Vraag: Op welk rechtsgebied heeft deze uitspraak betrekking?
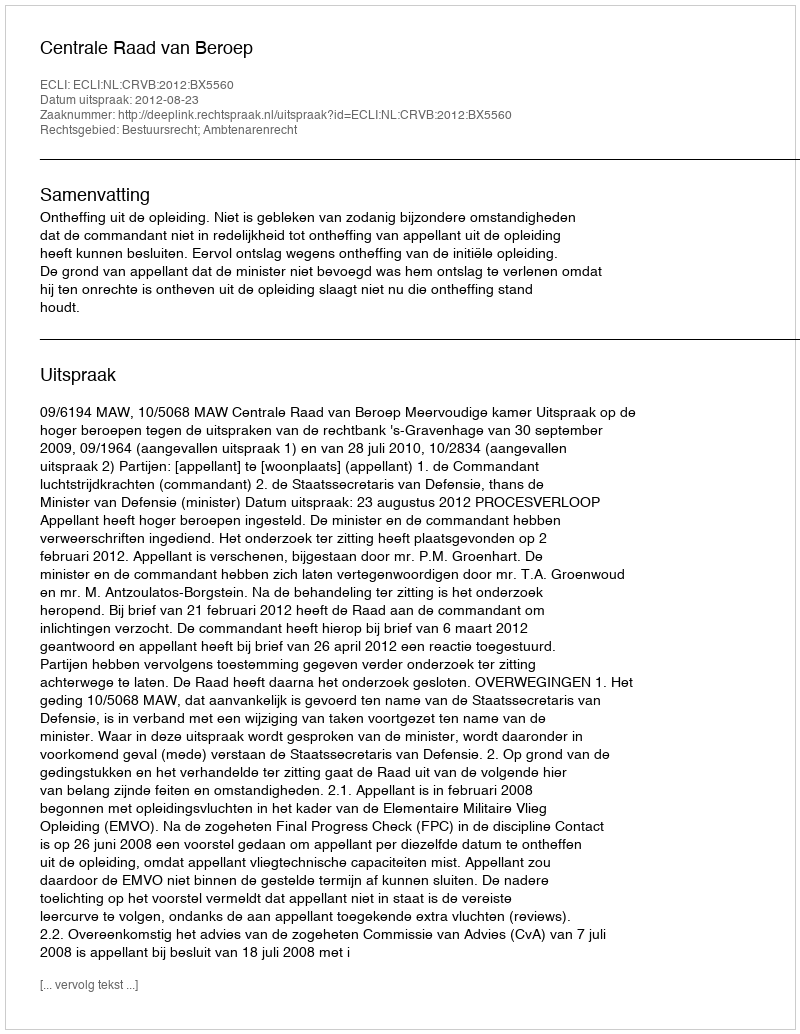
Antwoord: Bestuursrecht; Ambtenarenrecht